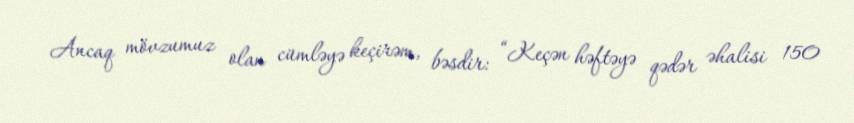
Ancaq mövzumuz olan cümləyə keçirəm, bəsdir: “Keçən həftəyə qədər əhalisi 150